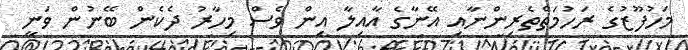
މަހުފޫޒުގެ ރަހުމަތްތެރިންނާއި އޭނާގެ އާއިލާ އިން ވެސް މިހާރު ދެކެން ބޭނުން ވަނީ